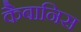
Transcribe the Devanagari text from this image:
कैबानिस